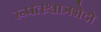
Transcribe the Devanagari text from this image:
रूपतश्चात्रभेदो